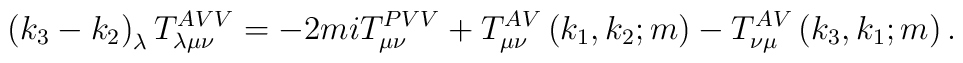
\left( k_{3}-k_{2}\right) _{\lambda }T_{\lambda \mu \nu }^{AVV}=-2miT_{\mu\nu }^{PVV}+T_{\mu \nu }^{AV}\left( k_{1},k_{2};m\right) -T_{\nu \mu}^{AV}\left( k_{3},k_{1};m\right) .